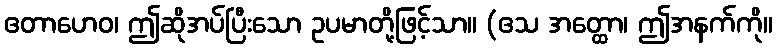
ဧတာဟေဝ၊ ဤဆိုအပ်ပြီးသော ဥပမာတို့ဖြင့်သာ။ (ဧသ အတ္ထော၊ ဤအနက်ကို။